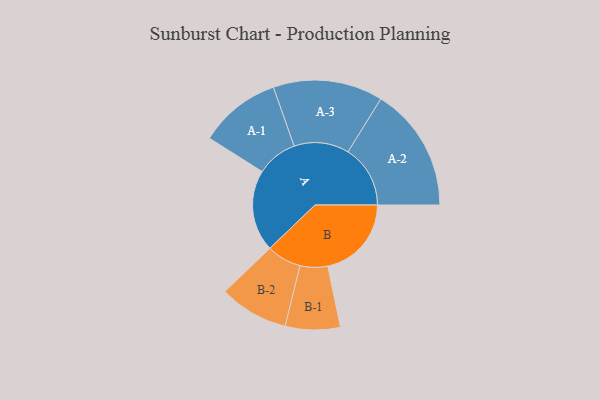
{"axis": {"x": "Segment", "y": "Value"}, "legend": ["", "A", "B"], "data": [{"x": "A", "y": 297, "type": ""}, {"x": "B", "y": 305, "type": ""}, {"x": "A-1", "y": 149, "type": "A"}, {"x": "A-2", "y": 227, "type": "A"}, {"x": "A-3", "y": 200, "type": "A"}, {"x": "B-1", "y": 100, "type": "B"}, {"x": "B-2", "y": 126, "type": "B"}]}